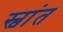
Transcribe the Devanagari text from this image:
स्वांत